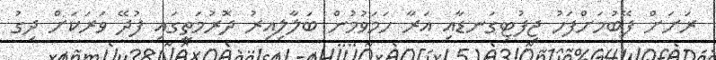
ރަށަށް ފޭބުމަށްފަހު ޖިފުޓިގަނޑާއި އަރާ ހަމަވުމުން ބަލާލިއިރު ދޮރުމަތީގައި ފުދޭ ވަރަކަށް ދިގު